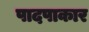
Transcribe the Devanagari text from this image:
पादपाकार